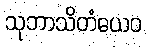
သုဘာသိတံယေဝ